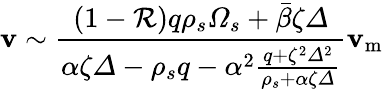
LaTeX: \mathbf{v}\sim\frac{{\left(1-\mathcal{{R}}\right)q\rho_{s}\varOmega_{s}+\bar{{\beta}}\zeta\varDelta}}{{\alpha\zeta\varDelta-\rho_{s}q-\alpha^{2}\frac{{q+\zeta^{2}\varDelta^{2}}}{{\rho_{s}+\alpha\zeta\varDelta}}}}\mathbf{v}_{\mathrm{{m}}}